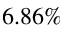
6 . 8 6 \%